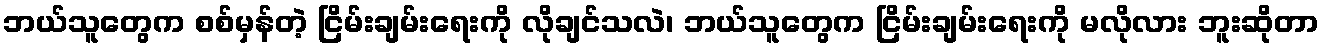
ဘယ်သူတွေက စစ်မှန်တဲ့ ငြိမ်းချမ်းရေးကို လိုချင်သလဲ၊ ဘယ်သူတွေက ငြိမ်းချမ်းရေးကို မလိုလား ဘူးဆိုတာ